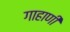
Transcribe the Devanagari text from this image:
गाहाणी